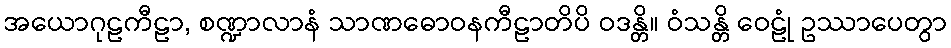
အယောဂုဠကီဠာ, စဏ္ဍာလာနံ သာဏဓောဝနကီဠာတိပိ ဝဒန္တိ။ ဝံသန္တိ ဝေဠုံ ဥဿာပေတွာ